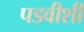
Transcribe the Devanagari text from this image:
पडवीशी